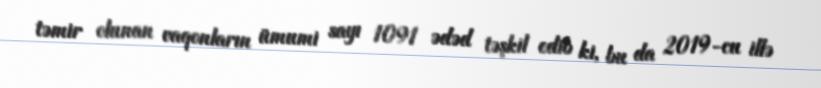
təmir olunan vaqonların ümumi sayı 1091 ədəd təşkil edib ki, bu da 2019-cu illə